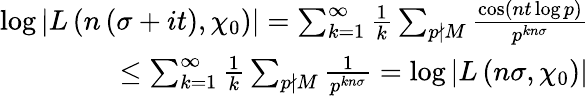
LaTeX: \begin{array}{r}{\log\left|L\left(n\left(\sigma+it\right),\chi_{0}\right)\right|=\sum_{k=1}^{\infty}\frac{1}{k}\sum_{p\nmid M}\frac{\cos\left(nt\log p\right)}{p^{kn\sigma}}}\\ {\leq\sum_{k=1}^{\infty}\frac{1}{k}\sum_{p\nmid M}\frac{1}{p^{kn\sigma}}=\log\left|L\left(n\sigma,\chi_{0}\right)\right|}\end{array}